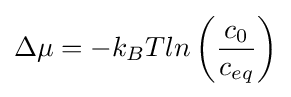
\Delta \mu =-k_{B}Tln\left({\frac {c_{0}}{c_{eq}}}\right)